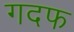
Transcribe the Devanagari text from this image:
गदफ